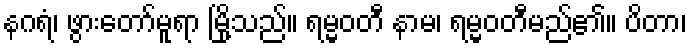
နဂရံ၊ ဖွားတော်မူရာ မြို့သည်။ ရမ္မဝတီ နာမ၊ ရမ္မဝတီမည်၏။ ပိတာ၊